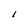
Character: I